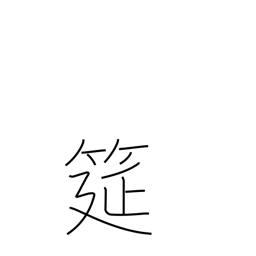
Meaning: straw mat